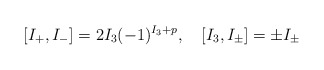
\begin{align*}[I_+,I_-]=2I_3(-1)^{I_3+p},\quad[I_3,I_\pm]=\pm I_\pm\end{align*}